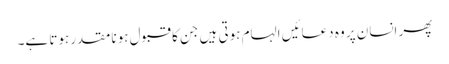
پھر انسان پر وہ دعائیں الہام ہوتی ہیں جن کا قبول ہونا مقدر ہوتا ہے۔